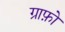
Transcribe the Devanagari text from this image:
ग्राफ़ो